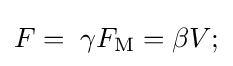
F=\;\gamma F_{\mathrm {M} }=\beta V;